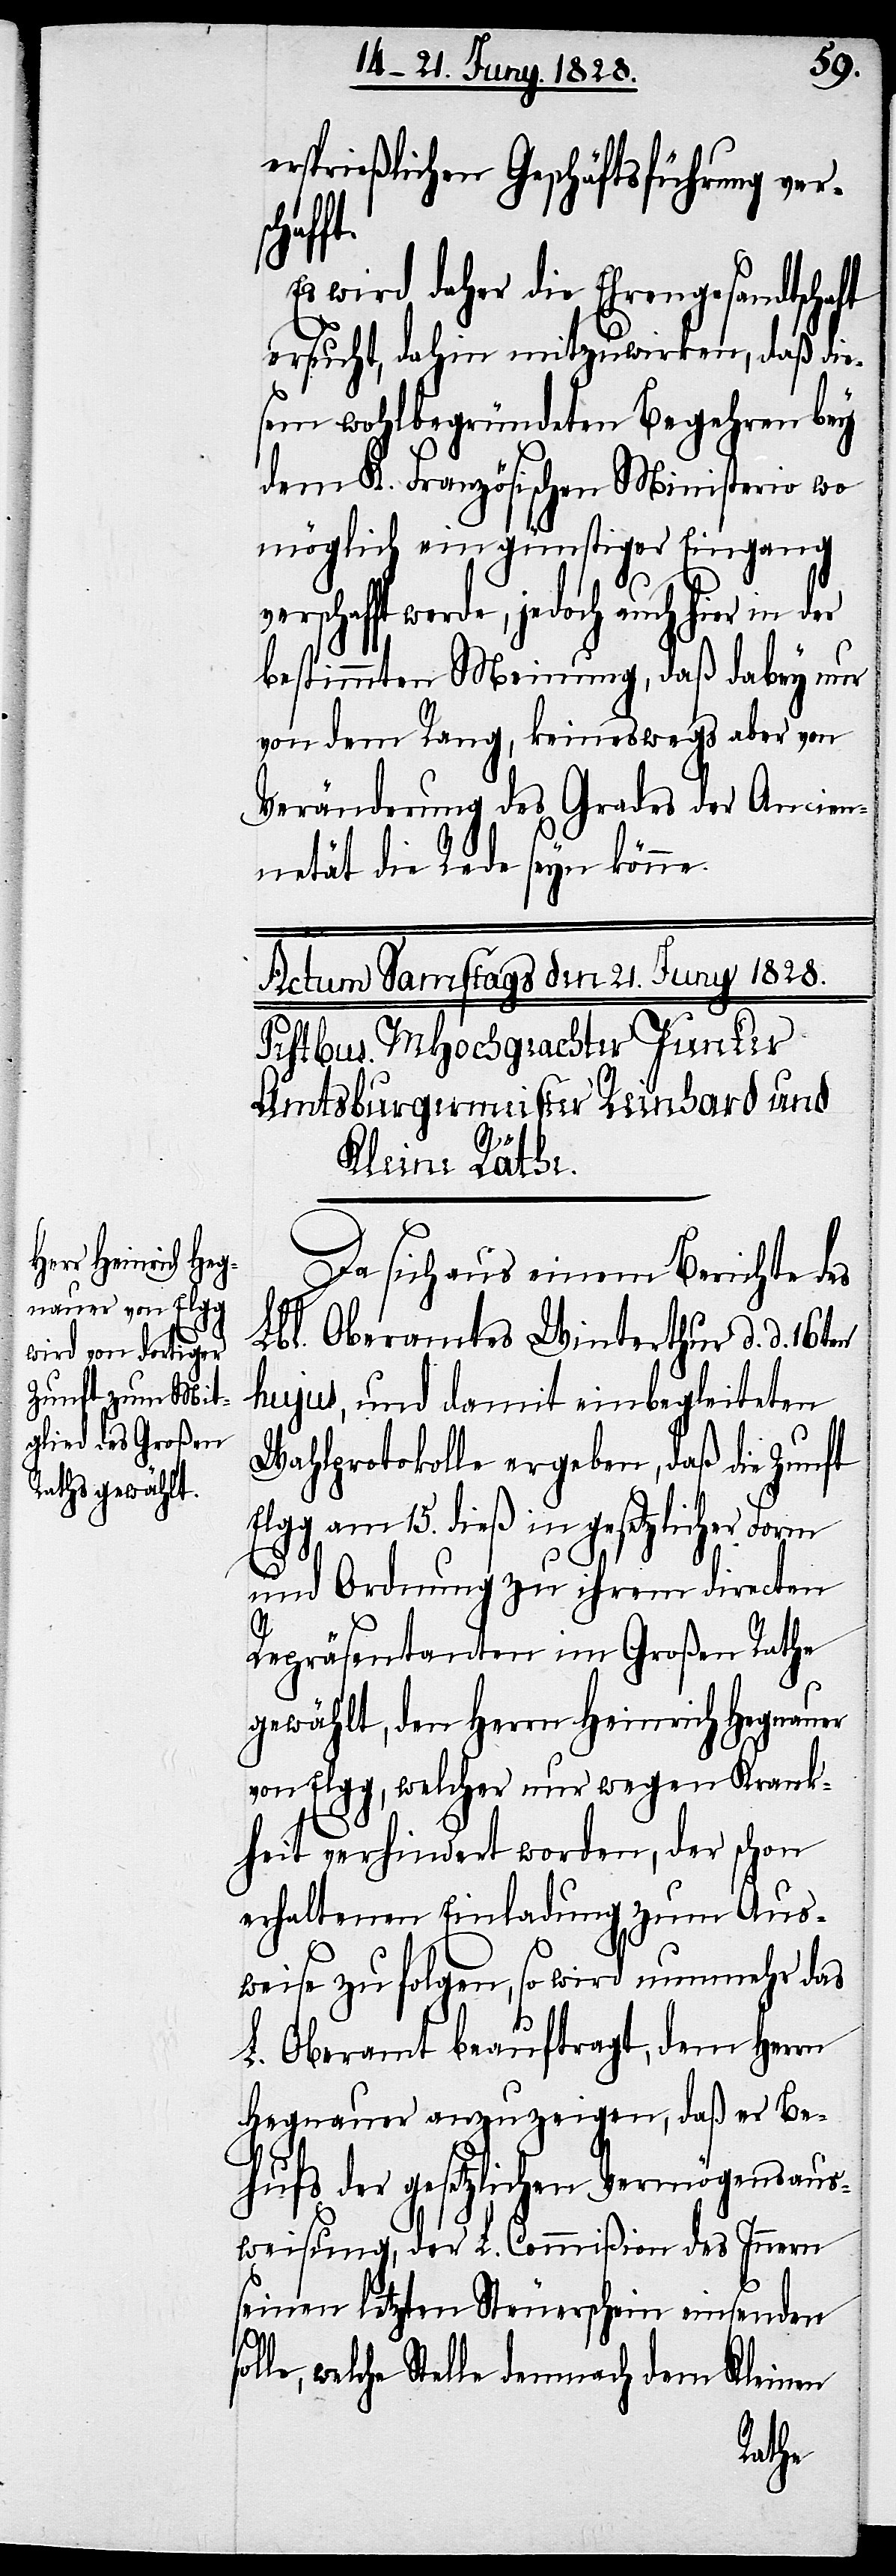
ersprießlichen Geschäftsführung vers¬
ft.
Es wird daher die Ehrengesandtschaft
ersucht, dahin mitzuwirken, daß die¬
sem wohlbegründeten Begehren bey
dem K. Französischen Ministerio wo
möglich ein günstiger Eingang
werde, jedoch auch hier in der
bestimmten Meinung, daß dabey nur
von dem Rang, keineswegs aber von
Veränderung des Grades der Ancien¬
nität die Rede seyn könne.
en
Da sich aus einem Berichte des
Lbl. Oberamtes Winterthur d. d. 16.t¬
hujus, und damit einbegleitetes
Wahlprotokolle ergeben, daß die Zunft
am 15. dieß in gesetzlicher
und Ordnung zu ihrem directen
Repräsentanten im Großen Rathe
gewählt, den Herrn Heinrich Hegnauer
von Elgg, welcher nur wegen Krank¬
heit verhindert worden, der schon
erhaltenen Einladung zum Aus¬
weise zu folgen, so wird nunmehr das
L. Oberamt beauftragt, dem Herrn
Hegnauer anzuzeigen, daß er Be¬
hufs der gesetzlichen Vermögensaus¬
weisung, der L. Commißion des Innern
seinen letzten Steuerschein einsenden
welche Stelle demnach dem Kleinen